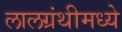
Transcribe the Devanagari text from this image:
लालग्रंथीमध्ये